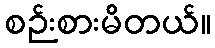
စဉ်းစားမိတယ်။